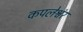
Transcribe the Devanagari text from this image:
कपलेश्वंर